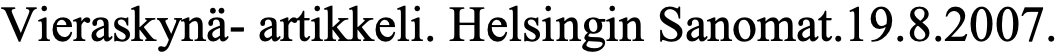
Vieraskynä- artikkeli. Helsingin Sanomat.19.8.2007.